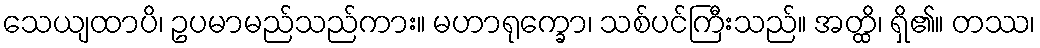
သေယျထာပိ၊ ဥပမာမည်သည်ကား။ မဟာရုက္ခော၊ သစ်ပင်ကြီးသည်။ အတ္ထိ၊ ရှိ၏။ တဿ၊